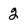
Character: 2